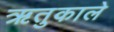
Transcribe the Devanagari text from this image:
ऋतुकाले